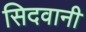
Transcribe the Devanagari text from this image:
सिदवानी